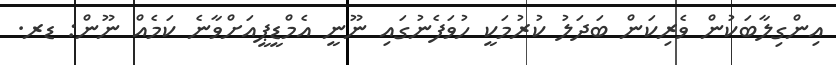
އިންގިލާބަކުން ވެރިކަން ބަދަލު ކުރުމަކީ ހުވަފެނުގައި ނޫނީ އެމްޑީޕީއަށްވާނެ ކަމެއް ނޫން: ޑރ.